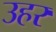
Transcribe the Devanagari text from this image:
उहर